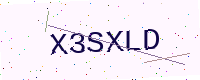
Text: X3SXLD